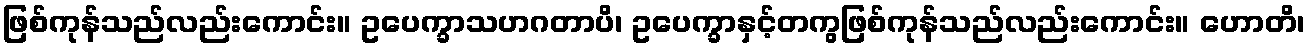
ဖြစ်ကုန်သည်လည်းကောင်း။ ဥပေက္ခာသဟဂတာပိ၊ ဥပေက္ခာနှင့်တကွဖြစ်ကုန်သည်လည်းကောင်း။ ဟောတိ၊